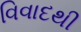
વિવાદથી